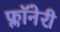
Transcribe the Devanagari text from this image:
फ्लॉनेरी